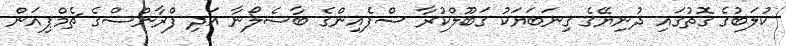
ކުލަބުގެ ގޮތުގައި ދުނިޔޭގެ ގިނަބަޔަކު ގަބޫލްކުރާ ސްޕެއިންގެ ބާސެލޯނާ އަދި ފްރާންސްގެ ޗެމްޕިއަން